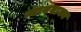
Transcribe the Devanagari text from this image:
न्वायवाक्य